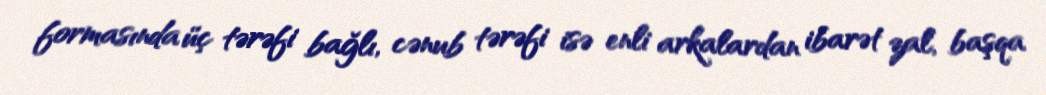
formasında üç tərəfi bağlı, cənub tərəfi isə enli arkalardan ibarət zal, başqa